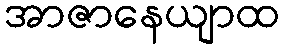
အာဇာနေယျာထ